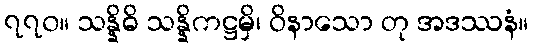
၇၇၀။ သန္နိဓိ သန္နိကဋ္ဌမှိ၊ ဝိနာသော တု အဒဿနံ။